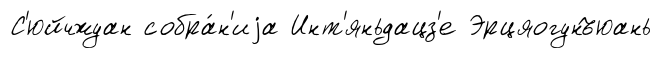
С'юйчжуан собра́н'иjа Инт'яньдацз'е Эрцяогунъюань